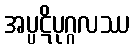
အပ္ပဋိပုဂ္ဂလဿ